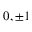
0 , \pm 1